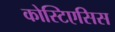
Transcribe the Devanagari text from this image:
कोस्टिएसिस